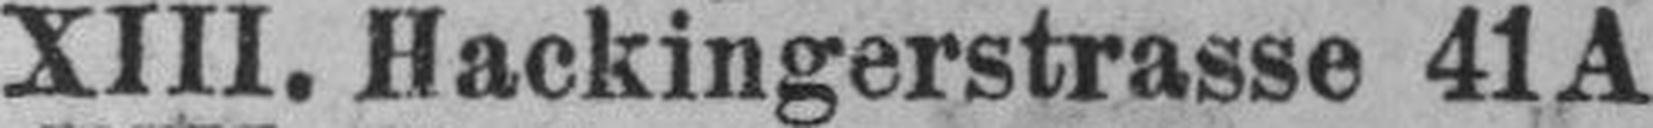
XIII. Hackingerstrasse 41A